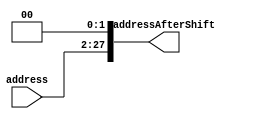
module ShiftLeft2Address(address, addressAfterShift);

input [25:0] address;
output [27:0] addressAfterShift;

wire [25:0] address;
wire [27:0] addressAfterShift;


assign addressAfterShift [27:2] = address;
assign addressAfterShift [1:0]= 2'b00;
//reg [27:0] addressAfterShift;

endmodule